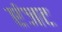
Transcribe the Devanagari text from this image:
एंजट